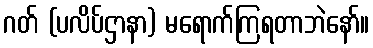
ဂတ် (ပလိပ်ဌာနာ) မရောက်ကြရတာဘဲနော်။